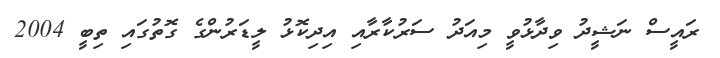
ރައީސް ނަޝީދު ވިދާޅުވީ މިއަދު ސަރުކާރާއި އިދިކޮޅު ލީޑަރުންގެ ގޮތުގައި ތިބީ 2004